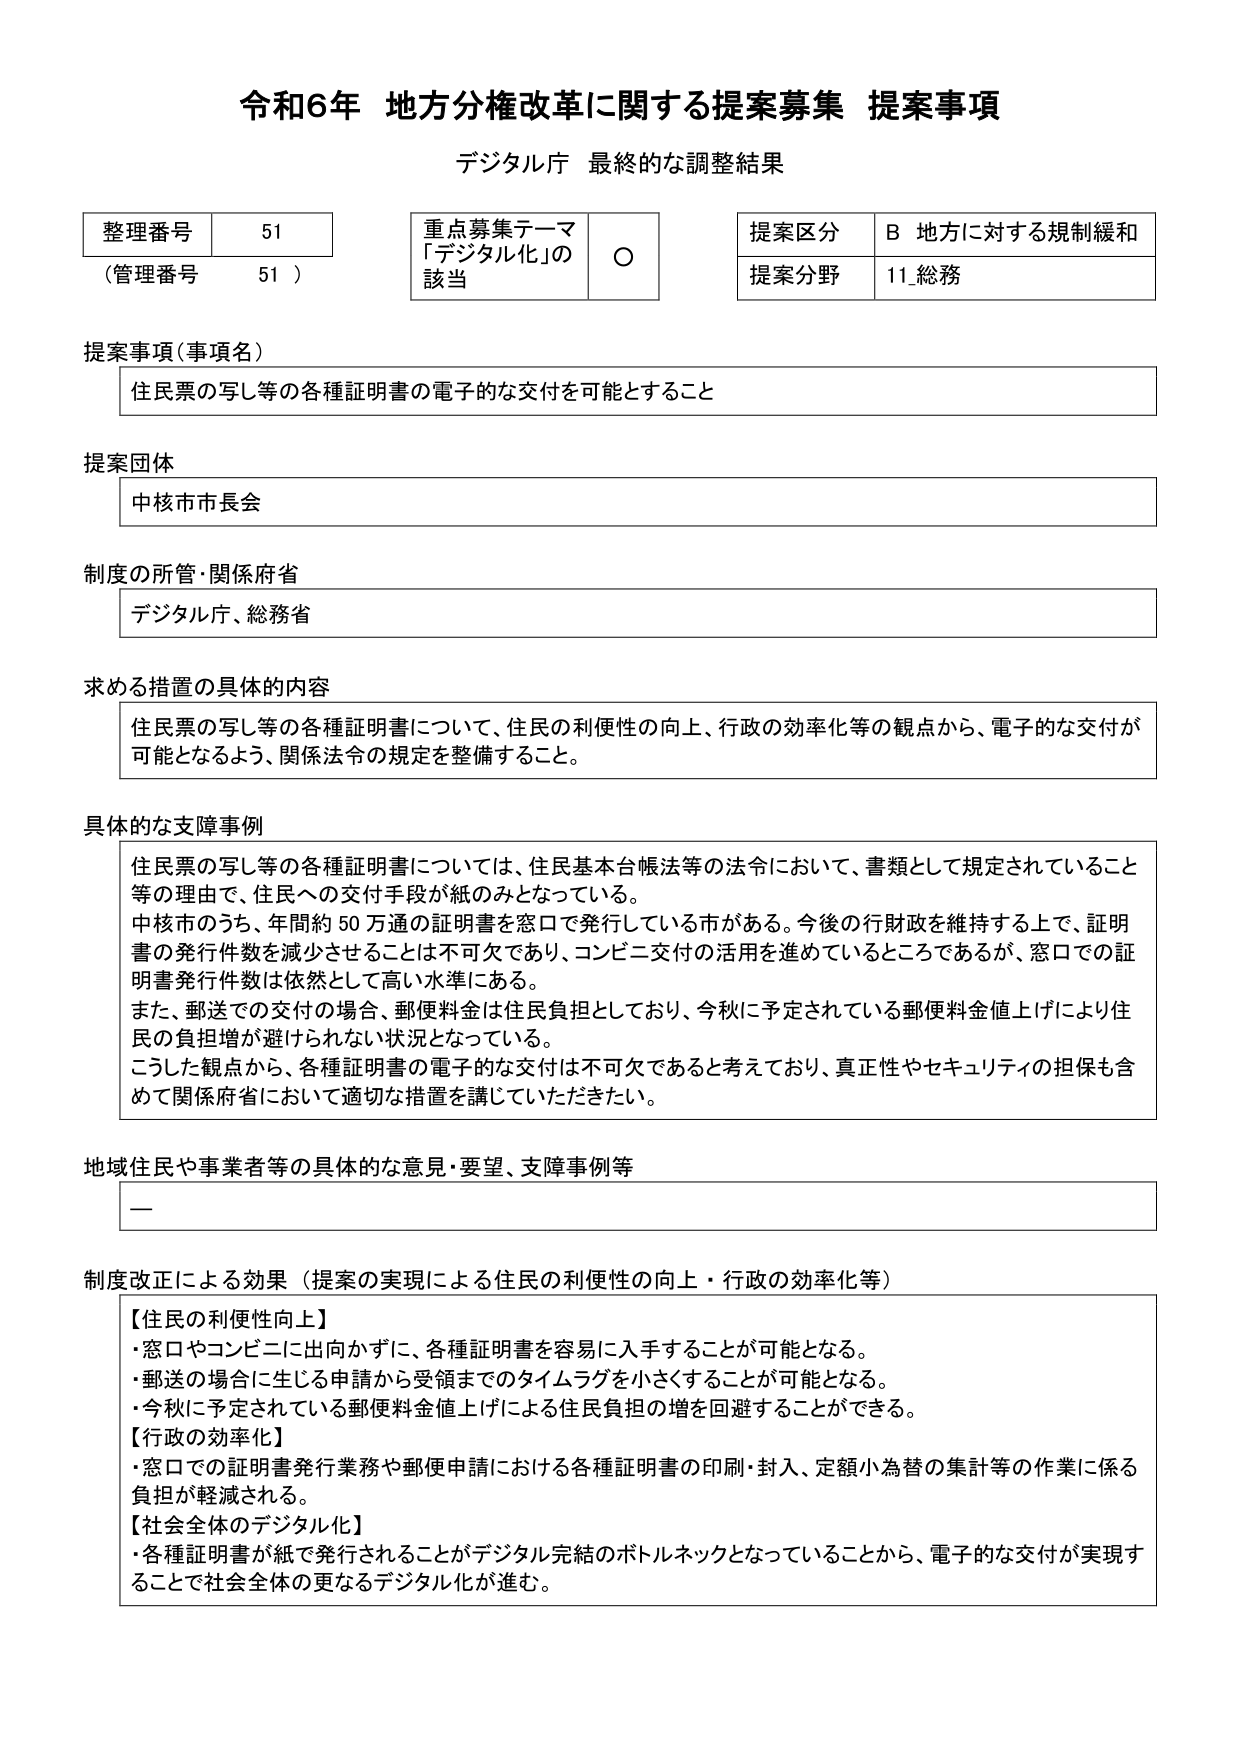
令和6年 地方分権改革に関する提案募集 提案事項
デジタル庁 最終的な調整結果

整理番号 51
（管理番号 51）

重点募集テーマ
「デジタル化」の
該当 ○

提案区分 B 地方に対する規制緩和
提案分野 11_総務

提案事項（事項名）
住民票の写し等の各種証明書の電子的な交付を可能とすること

提案団体
中核市市長会

制度の所管・関係府省
デジタル庁、総務省

求める措置の具体的内容
住民票の写し等の各種証明書について、住民の利便性の向上、行政の効率化等の観点から、電子的な交付が可能となるよう、関係法令の規定を整備すること。

具体的な支障事例
住民票の写し等の各種証明書については、住民基本台帳法等の法令において、書類として規定されていること等の理由で、住民への交付手段が紙のみとなっている。
中核市のうち、年間約50万通の証明書を窓口で発行している市がある。今後の行財政を維持する上で、証明書の発行件数を減少させることは不可欠であり、コンビニ交付の活用を進めているところであるが、窓口での証明書発行件数は依然として高い水準にある。
また、郵送での交付の場合、郵便料金は住民負担としており、今秋に予定されている郵便料金値上げにより住民の負担増が避けられない状況となっている。
こうした観点から、各種証明書の電子的な交付は不可欠であると考えており、真正性やセキュリティの担保も含めて関係府省において適切な措置を講じていただきたい。

地域住民や事業者等の具体的な意見・要望、支障事例等
ー

制度改正による効果（提案の実現による住民の利便性の向上・行政の効率化等）
【住民の利便性向上】
・窓口やコンビニに出向かずに、各種証明書を容易に入手することが可能となる。
・郵送の場合に生じる申請から受領までのタイムラグを小さくすることが可能となる。
・今秋に予定されている郵便料金値上げによる住民負担の増を回避することができる。
【行政の効率化】
・窓口での証明書発行業務や郵便申請における各種証明書の印刷・封入、定額小為替の集計等の作業に係る負担が軽減される。
【社会全体のデジタル化】
・各種証明書が紙で発行されることがデジタル完結のボトルネックとなっていることから、電子的な交付が実現することで社会全体の更なるデジタル化が進む。